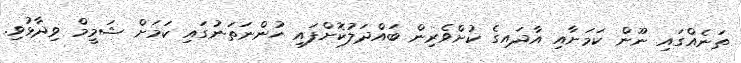
ތަނެއްގައި ނޫން ކަމަށާއި އާދައިގެ ކުށްވެރިން ބައްދަލުކޮށްފައި ހުންނަތަނުގައި ކަމަށް ޝަމީމް ވިދާޅުވި.